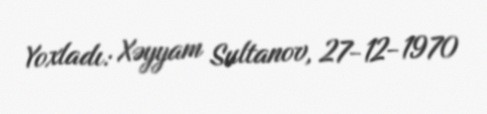
Yoxladı: Xəyyam Sultanov, 27-12-1970